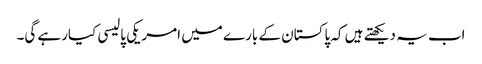
اب یہ دیکھتے ہیں کہ پاکستان کے بارے میں امریکی پالیسی کیارہے گی۔